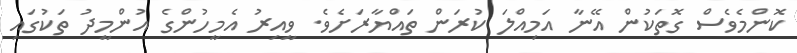
ކޮންމެވެސް ގޮތަކުން އޭނާ އަމިއްލަ ކުރަން ތައްޔާރަށެވެ. ވީއިރު އެމީހުންގެ އުންމީދު ތަކުގައި